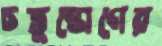
চতুষ্কোণের